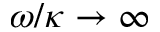
\omega / \kappa \rightarrow \infty